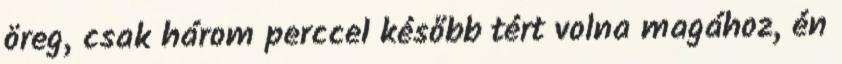
öreg, csak három perccel később tért volna magához, én